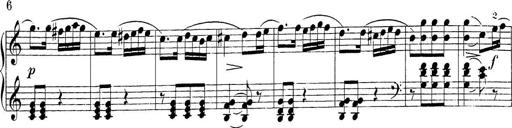
Title: Sonatina Album
Composer: Louis KÃ¶hler